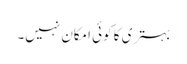
بہتری کا کوئی امکان نہیں۔